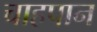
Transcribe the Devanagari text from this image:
चाहपान